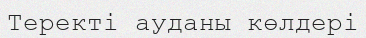
Теректі ауданы көлдері